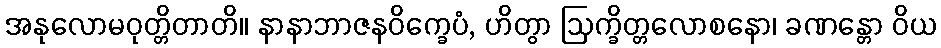
အနုလောမဝုတ္တိတာတိ။ နာနာဘာဇနဝိက္ခေပံ, ဟိတွာ ဩက္ခိတ္တလောစနော၊ ခဏန္တော ဝိယ